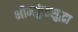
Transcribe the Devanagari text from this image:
भीमकुंडसुद्धा